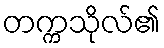
တက္ကသိုလ်၏